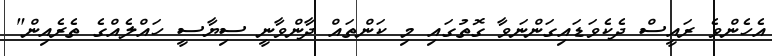
އެހެންވެ ރައީސް ދެކެވަޑައިގަންނަވާ ގޮތުގައި މި ކަންތައް ދާންވާނީ ސިޔާސީ ހައްލެއްގެ ތެރެއިން"